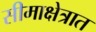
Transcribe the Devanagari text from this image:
सीमाक्षेत्रात